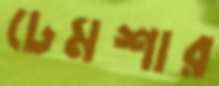
ঢেমশার